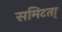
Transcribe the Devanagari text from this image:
समिटता्